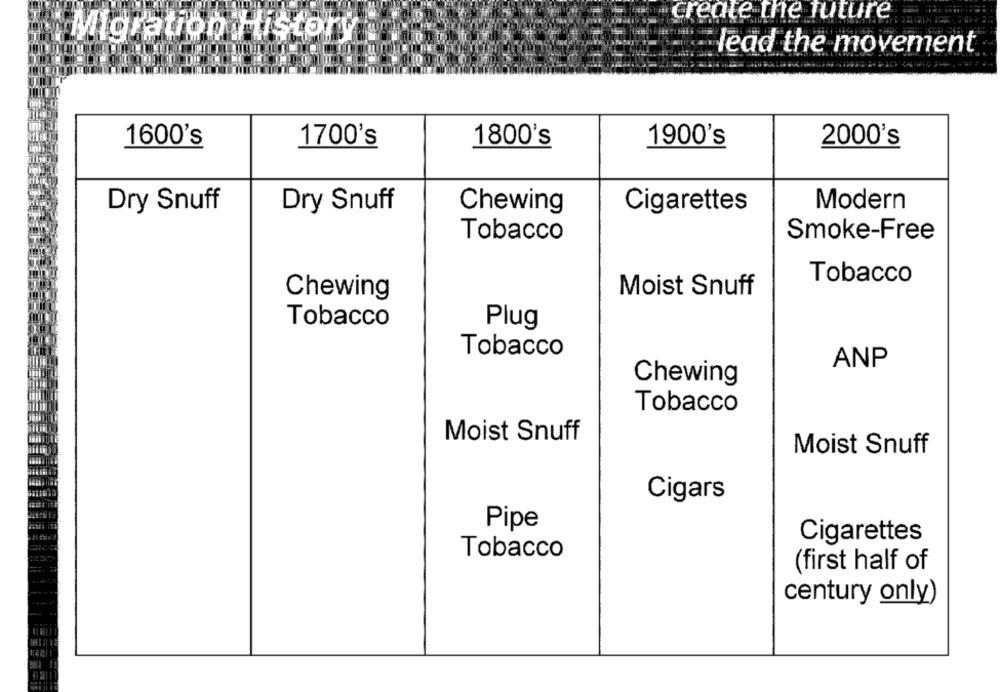
create the future
Migration History
lead the movement
1600's
1700's
1800's
1900's
2000's
Cigarettes
Modern
Dry Snuff
Dry Snuff
Chewing
Smoke-Free
Tobacco
Tobacco
Chewing
Moist Snuff
Tobacco
Plug
Tobacco
ANP
Chewing
Tobacco
Moist Snuff
Moist Snuff
Cigars
Pipe
Cigarettes
Tobacco
(first half of
century only)